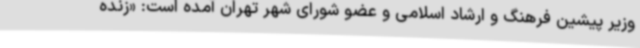
وزیر پیشین فرهنگ و ارشاد اسلامی و عضو شورای شهر تهران آمده است: «زنده